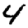
Digit: 4